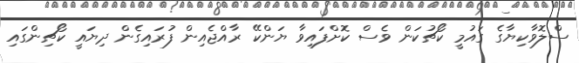
ސްލޮވާކިޔާގެ ގައުމީ ކޯޗުކަން ވެސް ކޮށްފައިވާ ޔަންކޭ ރާއްޖެއިން ފުރައިިގެން ދިޔައީ ކޯޗިންގައި